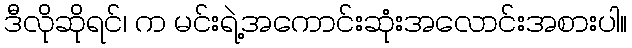
ဒီလိုဆိုရင်၊ က မင်းရဲ့အကောင်းဆုံးအလောင်းအစားပါ။